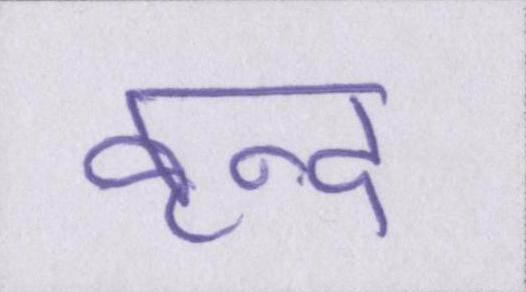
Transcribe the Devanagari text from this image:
वृन्द